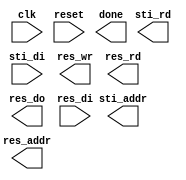
module DT(
	input 			clk, 
	input			reset,
	output	reg		done ,
	output	reg		sti_rd ,
	output	reg 	[9:0]	sti_addr ,
	input		[15:0]	sti_di,
	output	reg		res_wr ,
	output	reg		res_rd ,
	output	reg 	[13:0]	res_addr ,
	output	reg 	[7:0]	res_do,
	input		[7:0]	res_di
	);




endmodule